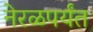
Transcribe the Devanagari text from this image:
नेरळपर्यंत